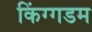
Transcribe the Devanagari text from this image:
किंग्गडम